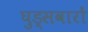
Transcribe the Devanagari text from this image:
घुड्सवारों